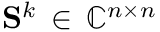
\mathbf { S } ^ { k } \, \in \, \mathbb { C } ^ { n \times n }